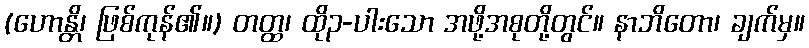
(ဟောန္တိ၊ ဖြစ်ကုန်၏။) တတ္ထ၊ ထို၃-ပါးသော အဖို့အစုတို့တွင်။ နာဘိတော၊ ချက်မှ။